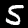
Label: 5